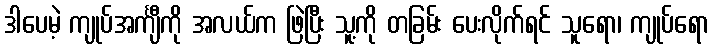
ဒါပေမဲ့ ကျုပ်အင်္ကျီကို အလယ်က ဖြဲပြီး သူ့ကို တခြမ်း ပေးလိုက်ရင် သူရော၊ ကျုပ်ရော